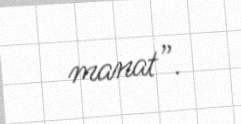
manat”.